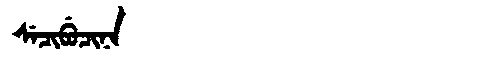
Manchu: ᠰᡝᠴᡳᠪᡠᠴᡳᠨᠠ
Romanization: SECIBUCINA